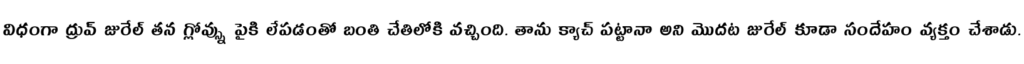
విధంగా ద్రువ్ జురేల్ తన గ్లోవ్స్ను పైకి లేపడంతో బంతి చేతిలోకి వచ్చింది. తాను క్యాచ్ పట్టానా అని మొదట జురేల్ కూడా సందేహం వ్యక్తం చేశాడు.